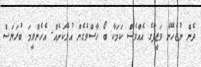
ދެން ނުޖެހޭނެ ވަޒީފާގެ އެއްވެސް ކަމަކާ ބޯ ހާސްވެގެން އުޅޭކަށެއް. އެހެންވީމަ ބުރަޔަސް